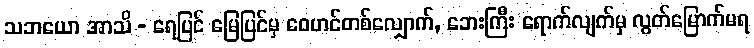
သဘယော အာသိ - ရေပြင် မြေပြင်မှ ဝေဟင်တစ်လျှောက်, ဘေးကြီး ရောက်လျက်မှ လွတ်မြောက်မရ